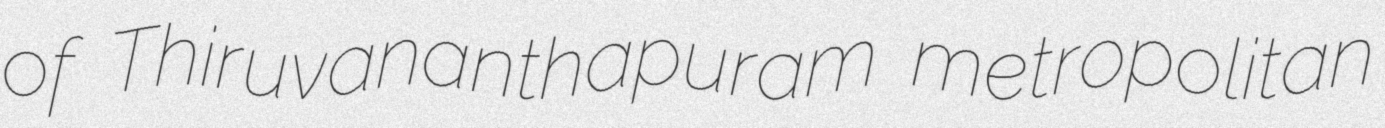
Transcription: of Thiruvananthapuram metropolitan